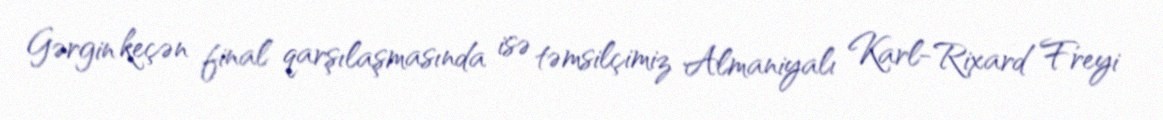
Gərgin keçən final qarşılaşmasında isə təmsilçimiz Almaniyalı Karl-Rixard Freyi